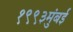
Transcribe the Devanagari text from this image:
१९९३मुंबई